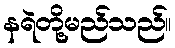
နရဲတို့မည်သည်။